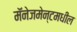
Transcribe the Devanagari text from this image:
मॅनेजमेन्टमधील